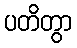
ပတိတွာ